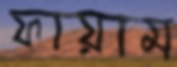
ফায়াম